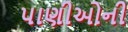
પાણીઓની